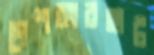
পেশকারহাট